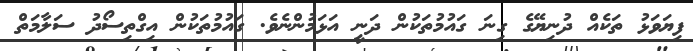
ފިޔަވަޅު ތަކެއް ދުނިޔޭގެ ގިނަ ގައުމުތަކުން ދަނީ އަޅަމުންނެވެ. ގައުމުތަކުން އިގްތިސޯދު ސަލާމަތް